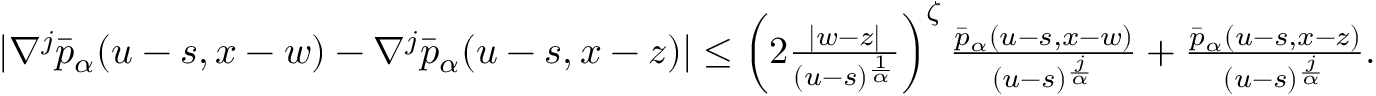
\begin{array} { r } { | \nabla ^ { j } \bar { p } _ { \alpha } ( u - s , x - w ) - \nabla ^ { j } \bar { p } _ { \alpha } ( u - s , x - z ) | \leq \left( 2 \frac { | w - z | } { ( u - s ) ^ { \frac { 1 } { \alpha } } } \right) ^ { \zeta } \frac { \bar { p } _ { \alpha } ( u - s , x - w ) } { ( u - s ) ^ { \frac { j } { \alpha } } } + \frac { \bar { p } _ { \alpha } ( u - s , x - z ) } { ( u - s ) ^ { \frac { j } { \alpha } } } . } \end{array}